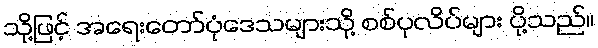
သို့ဖြင့် အရေးတော်ပုံဒေသများသို့ စစ်ပုလိပ်များ ပို့သည်။